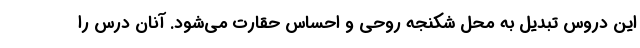
این دروس تبدیل به محل شکنجه روحی و احساس حقارت می‌شود. آنان درس را